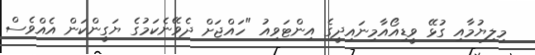
މިލިޔުމާއި ގުޅޭ ވީޑިއޯއާމިނައިދީގެ އިންޓަވިއު "ހައްޖަށް ދެވޭނެކަމުގެ ޔަގީންކަން އެއްވެސް